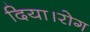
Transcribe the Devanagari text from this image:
दिया।रोग